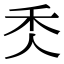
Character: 秂